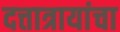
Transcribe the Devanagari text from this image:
दत्तात्रायांचा